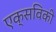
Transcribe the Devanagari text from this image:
एक्सविकी